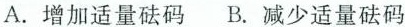
A.增加适量砝码 B.减少适量砝码